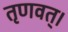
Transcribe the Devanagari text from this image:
तृणवत्।